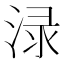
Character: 渌